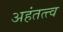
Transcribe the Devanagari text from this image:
अहंतत्त्व